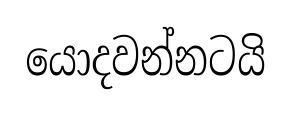
යොදවන්නටයි